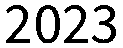
2023